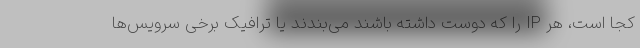
کجا است، هر IP را که دوست داشته باشند می‌بندند یا ترافیک برخی سرویس‌ها